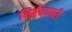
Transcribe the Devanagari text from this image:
निर्बंधकारी